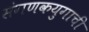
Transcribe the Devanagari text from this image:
संगणकयुगाची